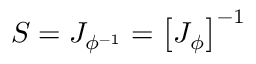
S = J _ { \phi ^ { - 1 } } = \left[ J _ { \phi } \right] ^ { - 1 }